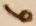
Text: 6